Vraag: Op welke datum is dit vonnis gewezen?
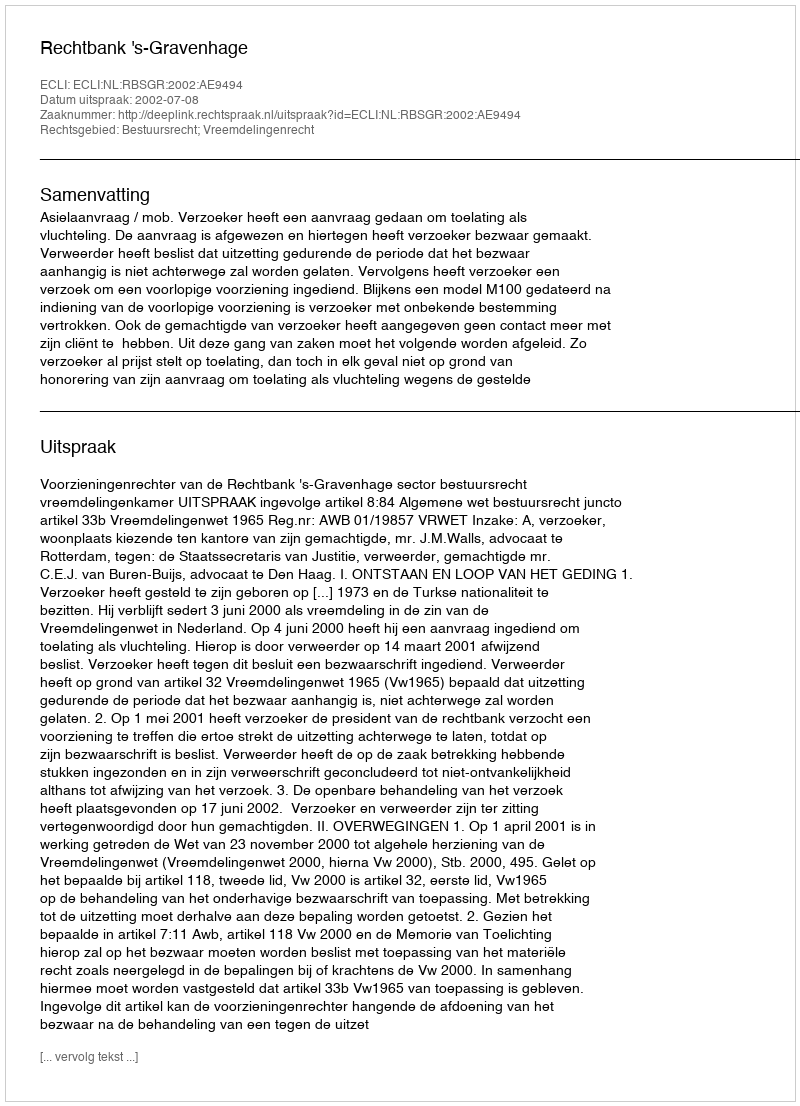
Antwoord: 2002-07-08